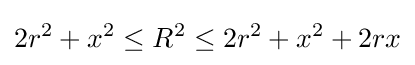
2r^{2}+x^{2}\leq R^{2}\leq 2r^{2}+x^{2}+2rx